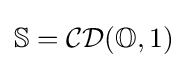
\mathbb {S} ={\mathcal {CD}}(\mathbb {O} ,1)